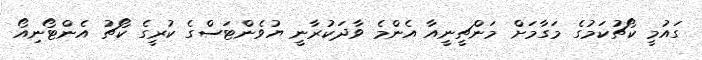
ގައުމީ ކޯޗުކަމުގެ މަގާމަށް މަންޗީނީއާ އެންމެ ވާދަކުރާނީ ޔުވެންޓަސްގެ ކުރީގެ ކޯޗު އެންޓޯނިއޯ